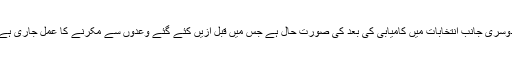
دوسری جانب انتخابات میں کامیابی کی بعد کی صورتِ حال ہے جس میں قبلِ ازیں کئے گئے وعدوں سے مکرنے کا عمل جاری ہے۔